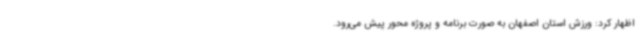
اظهار کرد: ورزش استان اصفهان به صورت برنامه و پروژه محور پیش می‌رود.